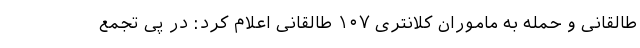
طالقانی و حمله به ماموران کلانتری ۱۰۷ طالقانی اعلام کرد: در پی تجمع